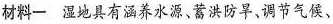
材料一湿地具有涵养水源、蓄洪防旱，调节气候、